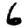
Digit: 6